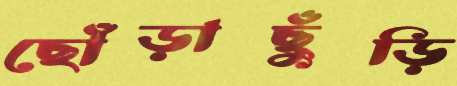
ছোঁড়াছুঁড়ি